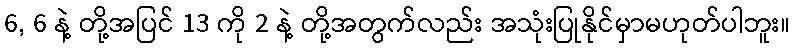
6, 6 နဲ့ တို့အပြင် 13 ကို 2 နဲ့ တို့အတွက်လည်း အသုံးပြုနိုင်မှာမဟုတ်ပါဘူး။